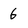
Character: 6